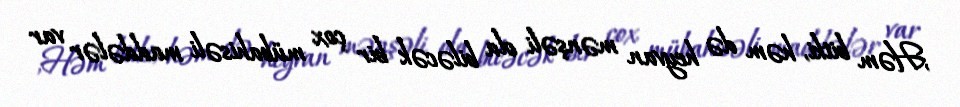
;Həm bitki, həm də heyvan mənşəli ola biləcək bir çox mübahisəli maddələr var